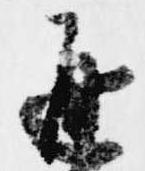
通